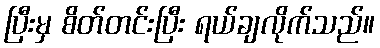
ပြီးမှ စိတ်တင်းပြီး ရယ်ချလိုက်သည်။